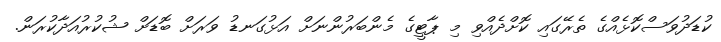
ކުޑަދުވަސްކޮޅެއްގެ ތެރޭގައި ކޮށްދެއްވި މި ޕާޓީގެ މެންބަރުންނަށް އަޅުގަނޑު ވަރަށް ބޮޑަށް ޝުކުރުއަދާކުރަން.